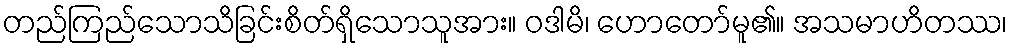
တည်ကြည်သောသိခြင်းစိတ်ရှိသောသူအား။ ဝဒါမိ၊ ဟောတော်မူ၏။ အသမာဟိတဿ၊